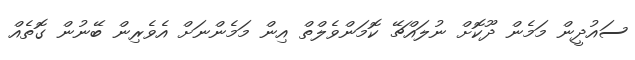
ސައުދީން މަމެން ދޫކޮށް ނުލައްޗޭ ކޮމަންވެލްތް އިން މަމެންނަށް އެވެރިން ބޭނުން ގޮތެއް